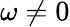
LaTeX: \omega\ne 0